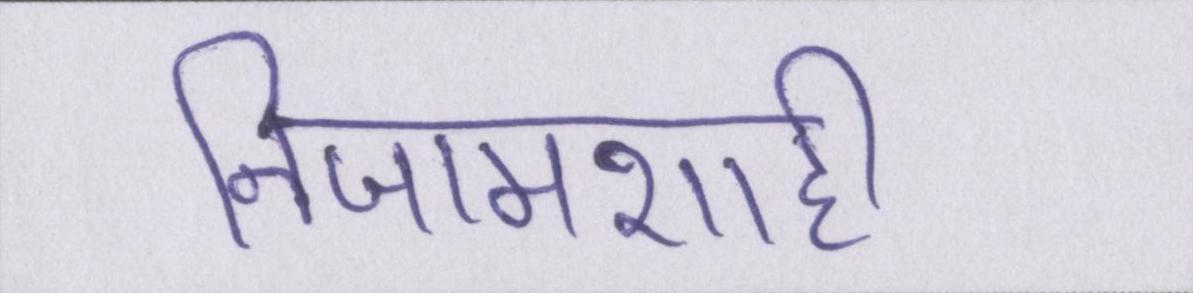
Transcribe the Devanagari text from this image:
निजामशाही